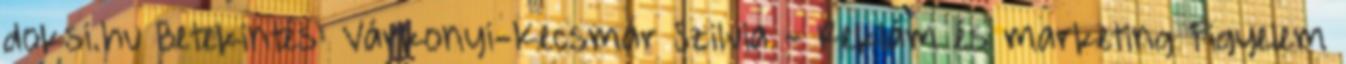
doksi.hu Betekintés: Várkonyi-Kecsmár Szilvia - Reklám és marketing Figyelem